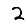
Digit: 2